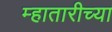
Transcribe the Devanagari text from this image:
म्हातारीच्या